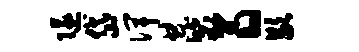
隧岱俾典毖翁歇